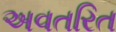
અવતરિત